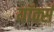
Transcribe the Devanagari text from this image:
यॉर्क्स